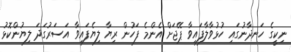
ނިކީގެ ހަނދާނުގައި ހުޅުވާލާފައިވާ ޕޭޖަށް އެންމެ ފަހުން ރިޔާ ލިޔެފައިވާ އަސަރުގަދަ ލިޔުންކޮޅު